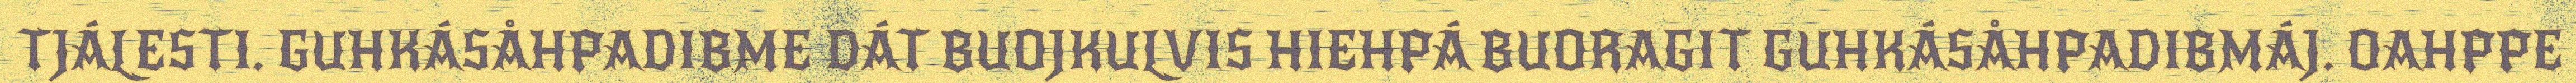
TJÁLESTI. GUHKÁSÅHPADIBME DÁT BUOJKULVIS HIEHPÁ BUORAGIT GUHKÁSÅHPADIBMÁJ. OAHPPE